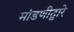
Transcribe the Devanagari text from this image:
मांडणीद्वारे